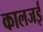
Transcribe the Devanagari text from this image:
कालजई